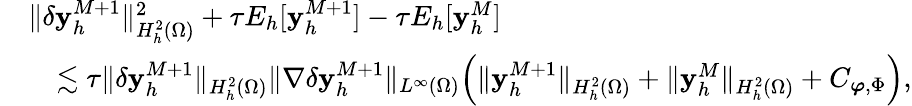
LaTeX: \begin{array}{rl}&{\| \delta\mathbf{y}_{h}^{M+1}\| _{H_{h}^{2}(\Omega)}^{2}+\tau E_{h}[\mathbf{y}_{h}^{M+1}]-\tau E_{h}[\mathbf{y}_{h}^{M}]}\\ &{\quad\lesssim\tau\| \delta\mathbf{y}_{h}^{M+1}\| _{H_{h}^{2}(\Omega)}\| \nabla\delta\mathbf{y}_{h}^{M+1}\| _{L^{\infty}(\Omega)}\Big(\| \mathbf{y}_{h}^{M+1}\| _{H_{h}^{2}(\Omega)}+\| \mathbf{y}_{h}^{M}\| _{H_{h}^{2}(\Omega)}+C_{\boldsymbol{\varphi},\Phi}\Big),}\end{array}